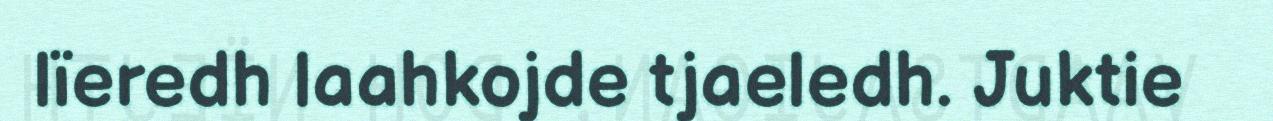
lïeredh laahkojde tjaeledh. Juktie